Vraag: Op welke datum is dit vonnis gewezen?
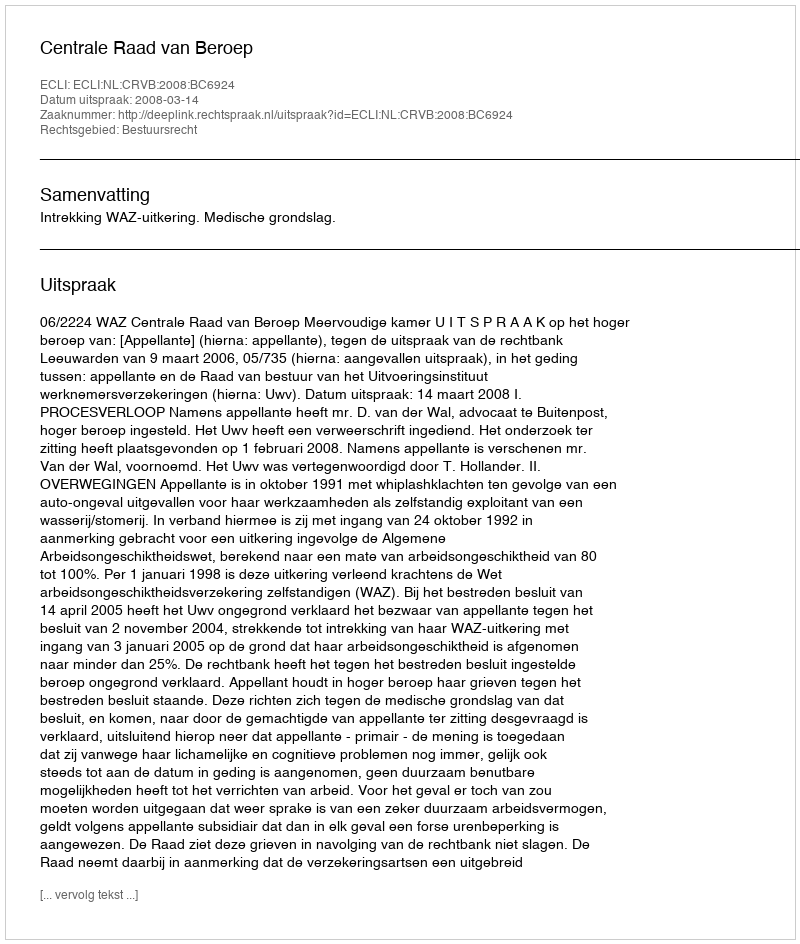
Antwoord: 2008-03-14